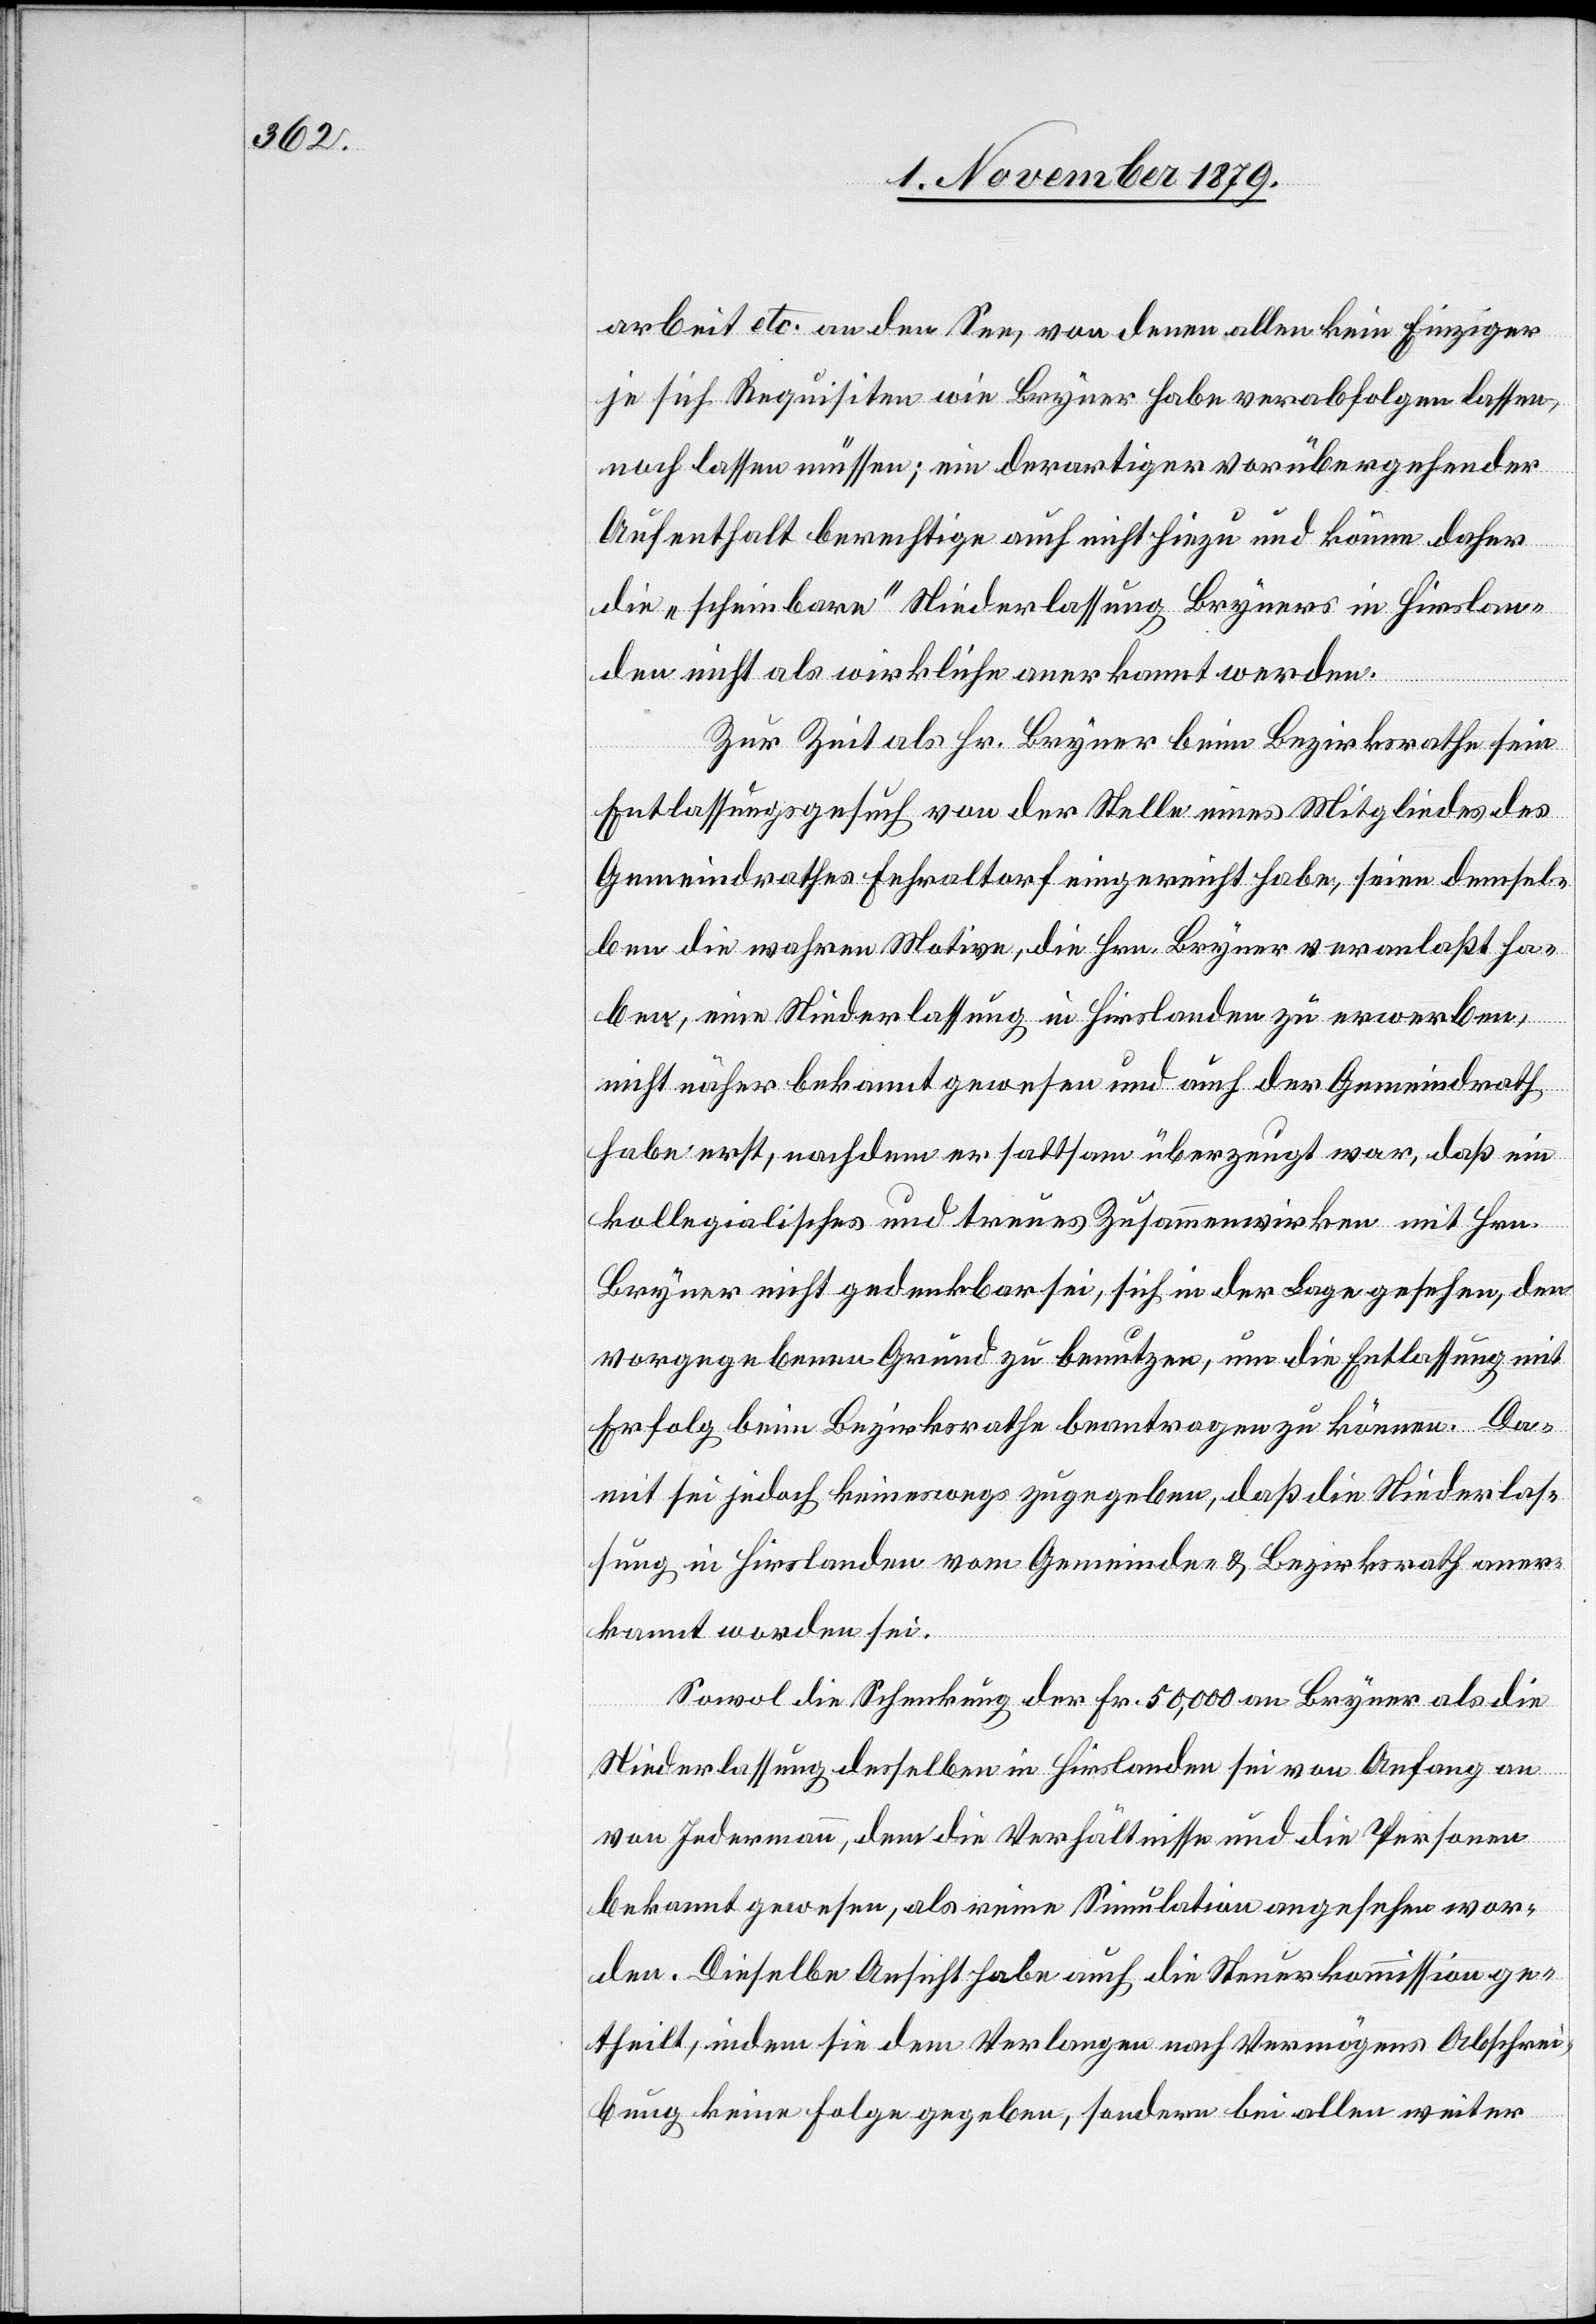
arbeit etc. an den See, von denen allen kein Einziger
je sich Requisiten wie Bryner habe verabfolgen lassen,
noch lassen müssen; ein derartiger vorübergehender
Aufenthalt berechtige auch nicht hiezu und könne daher
die „scheinbare“ Niederlassung Bryners in Hirslan¬
den nicht als wirkliche anerkannt werden.
Zur Zeit als Hr. Bryner beim Bezirksrathe sein
Entlassungsgesuch von der Stelle eines Mitgliedes des
Gemeindrathes Fehraltorf eingereicht habe, seien demsel¬
ben die wahren Motive, die Hrn. Bryner veranlaßt ha¬
ben, eine Niederlassung in Hirslanden zu erwerben,
nicht näher bekannt gewesen und auch der Gemeindrath
habe erst, nachdem er sattsam überzeugt war, daß ein
kollegialisches und treues Zusammenwirken mit Hrn.
Bryner nicht gedenkbar sei, sich in der Lage gesehen, den
vorgegebenen Grund zu benutzen, um die Entlassung mit
Erfolg beim Bezirksrathe beantragen zu können. Da¬
mit sei jedoch keineswegs zugegeben, daß die Niederlas¬
sung in Hirslanden vom Gemeinde- & Bezirksrath aner¬
kannt worden sei.
Sowol die Schenkung der Fr. 50,000 an Bryner als die
Niederlassung desselben in Hirslanden sei von Anfang an
von Jedermann, dem die Verhältnisse und die Personen
bekannt gewesen, als reine Simulation angesehen wor¬
den. Dieselbe Ansicht habe auch die Steuerkommission ge¬
theilt, indem sie dem Verlangen nach Vermögens[-]Abschrei¬
bung keine Folge gegeben, sondern bei allen weiter